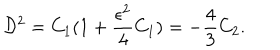
LaTeX: { \cal D } ^ { 2 } = C _ { 1 } ( 1 + \frac { \epsilon ^ { 2 } } { 4 } C _ { 1 } ) = - \frac { 4 } { 3 } C _ { 2 } .